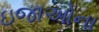
ઇજાઓના